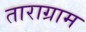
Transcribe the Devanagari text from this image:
ताराग्राम